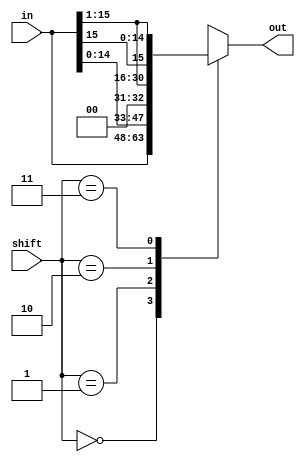

`define NOSHIFT 2'b00
`define LEFT 2'b01
`define RIGHT0 2'b10
`define RIGHT 2'b11

module shifter(in, shift, out);
  input [15:0] in;
  input [1:0] shift;
  output [15:0] out;

  reg [15:0] out;

  always @(*) begin
    case (shift)
      `NOSHIFT: out = in[15:0];
      `LEFT: out = {in[14],in[13],in[12],in[11],
		in[10],in[9],in[8],in[7],
		in[6],in[5],in[4],in[3],
		in[2],in[1],in[0],1'b0};
      `RIGHT0: out = {1'b0, in[15], in[14],in[13],
		in[12],in[11],in[10],in[9],
		in[8],in[7],in[6],in[5],
		in[4],in[3],in[2],in[1]};
      `RIGHT: out = {in[15], in[15], in[14],in[13],
		in[12],in[11],in[10],in[9],
		in[8],in[7],in[6],in[5],
		in[4],in[3],in[2],in[1]};
      default: out = in[15:0];
    endcase
  end
endmodule